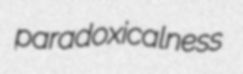
paradoxicalness